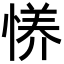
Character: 𫺪